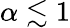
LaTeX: \alpha\lesssim 1